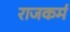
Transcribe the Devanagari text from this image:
राजकर्म